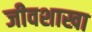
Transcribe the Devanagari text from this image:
जीवशाखा